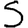
Digit: 5